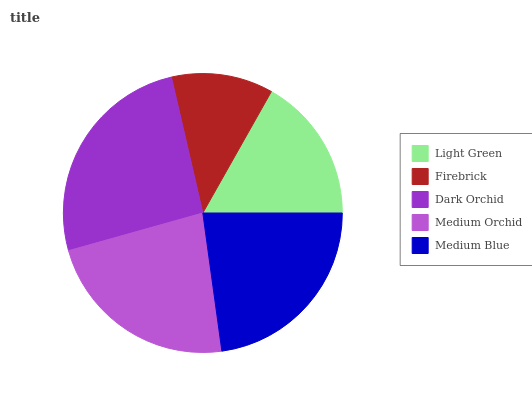
| Light Green | Firebrick | Dark Orchid | Medium Orchid | Medium Blue |
 | --- | --- | --- | --- | --- |
 | 16.9% | 11.8% | 25.8% | 22.8% | 22.8% |